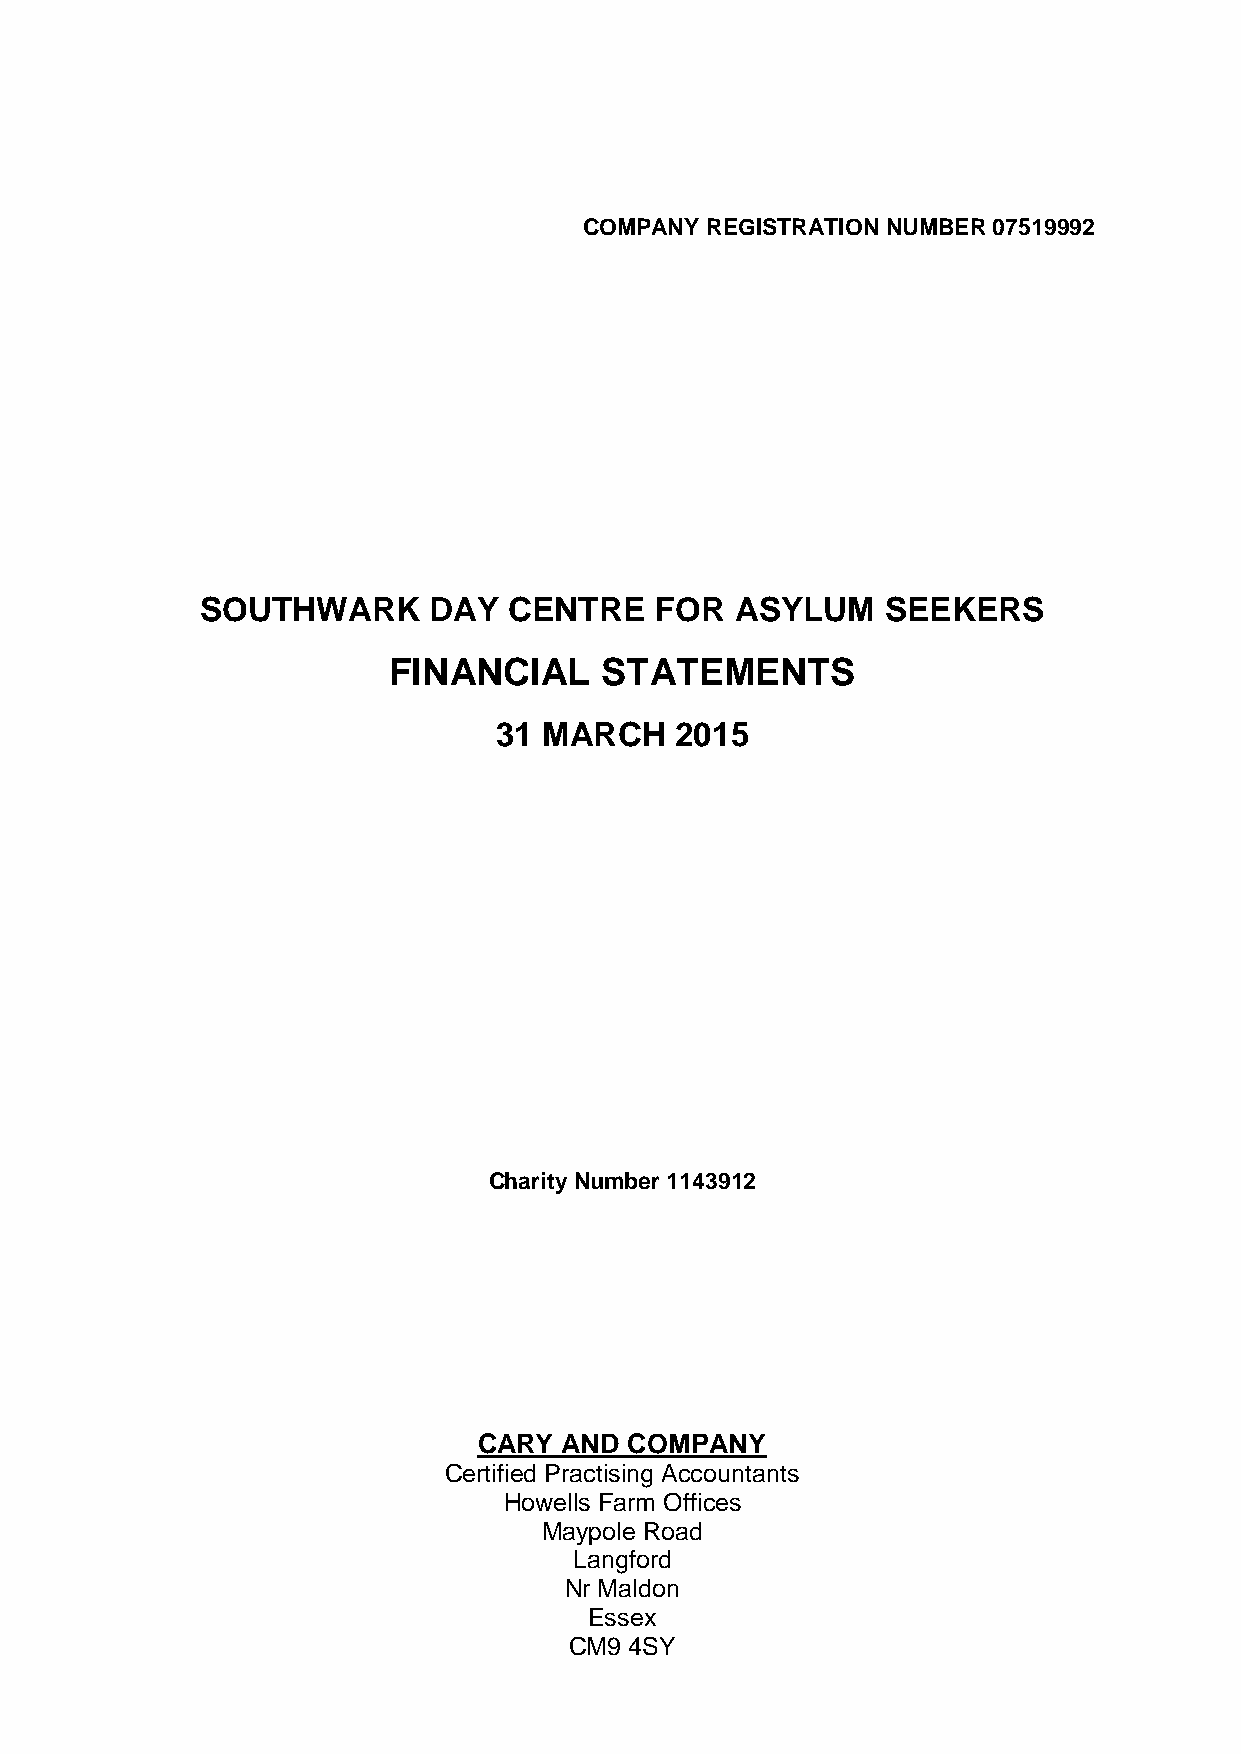
COMPANY REGISTRATION NUMBER 07519992
 SOUTHWARK      DAY   CENTRE   FOR   ASYLUM    SEEKERS
 FINANCIAL     STATEMENTS
 31 MARCH    2015
 Charity Number 1143912
 CARY AND  COMPANY
 Certified Practising Accountants
 Howells Farm Offices
 Maypole Road
 Langford
 Nr Maldon
 Essex
 CM9 4SY